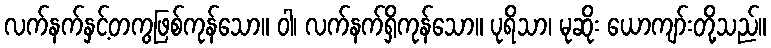
လက်နက်နှင့်တကွဖြစ်ကုန်သော။ ဝါ၊ လက်နက်ရှိကုန်သော။ ပုရိသာ၊ မုဆိုး ယောကျာ်းတို့သည်။